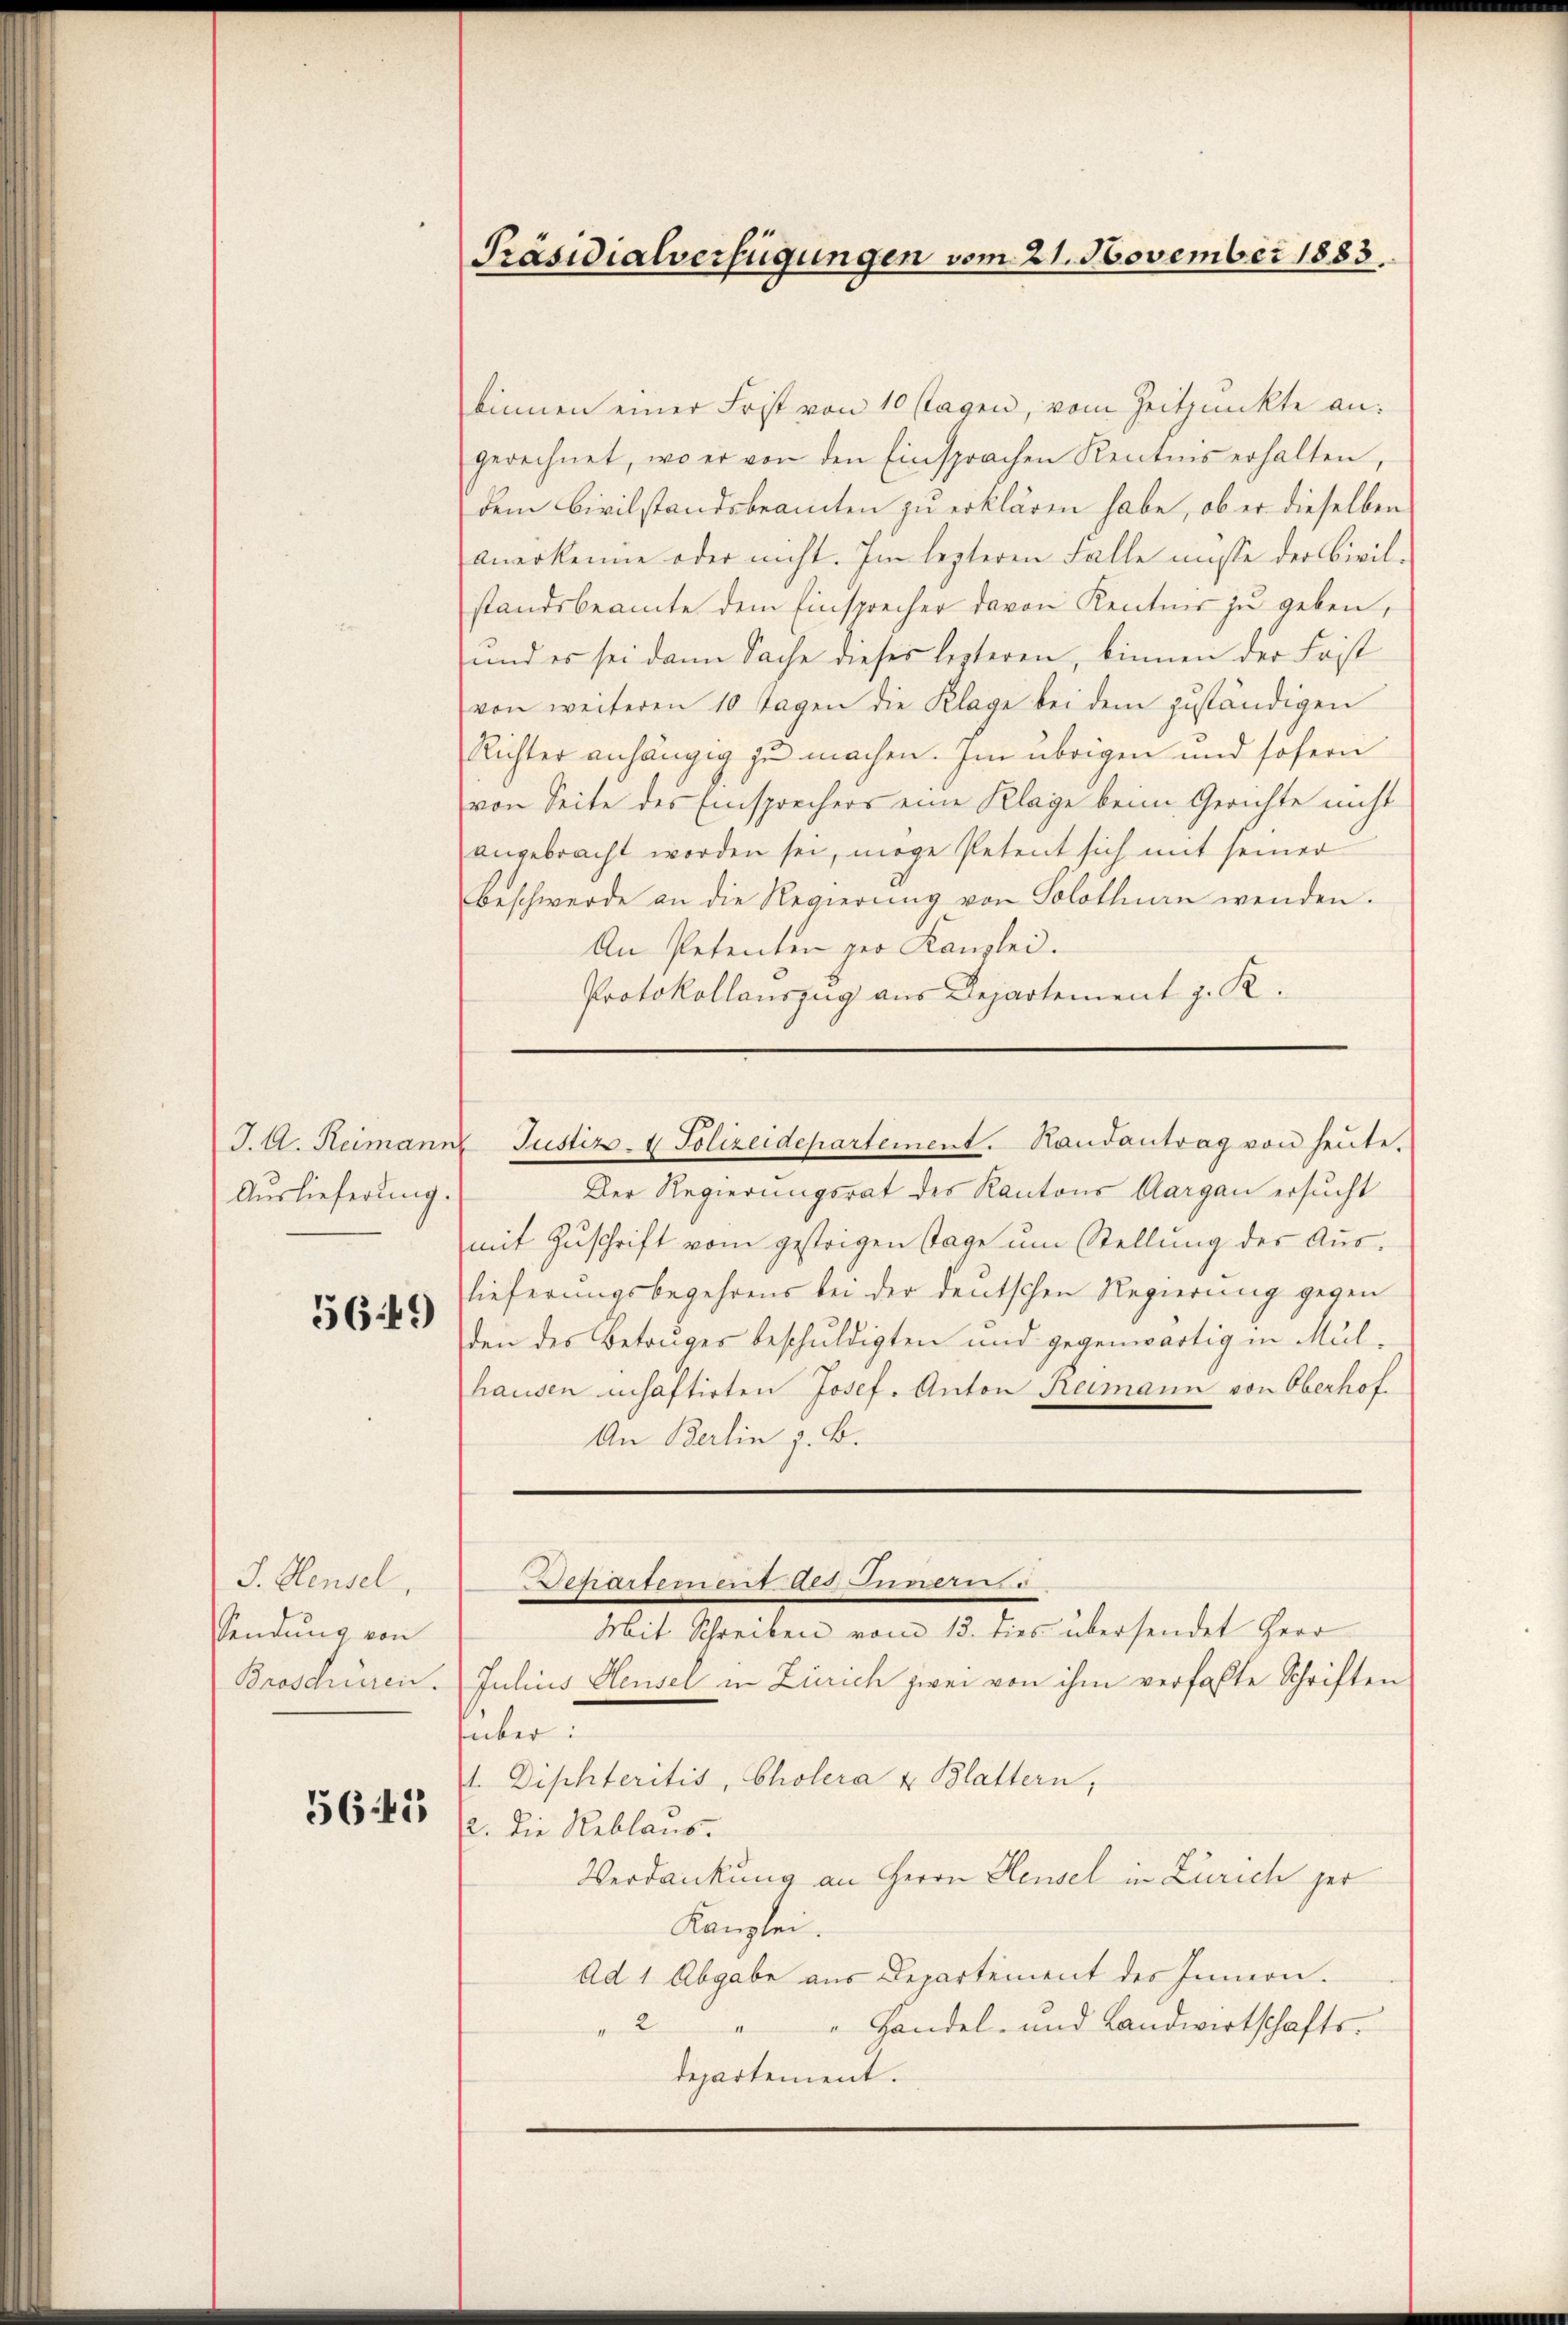
J. A. Reimann
Auslieferung.

56.49)

J. Hensel,
Sendung von
Broschüren.

565

Präsidialverfügungen vom 21. November 1883

Justiz- & Polizeidepartement. Haŭsantrag von heŭte.

binnen einer Frist von 10 slagen, vom Zeitpunkte an:
gerechnet, wo er von den Einsprachen Kentnis erhalten,
dem Civilstandsbeamten zu erklären habe, ob er dieselben
anerkenne oder nicht. Im lezteren Falle müsse der Civilstandsbeamte dem Einsprecher davon Kentnis zu geben,
und es sei dann Sache dieses lezteren, binnen der Frist
von weiteren 10 Tagen die Klage bei dem zuständigen
Richter anhängig zu machen. Im übrigen und sofern
von Seite des Einsprechers eine Klage beim Gerichte nicht
angebracht worden sei, möge Petent sich mit seiner
Beschwerde an die Regierŭng von Solothurn wenden.
An Petenten per Kanzlei.
Protokollauszug aus Departement z. R.
Der Regierungsrat des Kantons Aargau ersucht
mit Zuschrift vom gestrigen stage um Stellung des Auslieferungsbegehrens bei der deutschen Regierung gegen
den des Betruges beschuldigten und gegenwärtig in Mülhausen inhaftirten Josef. Anton Reimann von Oberhof
An Berlin z. B.
Departement des Innern
Mit Schreiben vom 13. dies übersendet Herr
Julius Aeusel in Zürich zwei von ihm verfaßte Schriften
über:
1. Diphteritis, Cholera u. Blattern,
2. Die Reblaus.
Verdankung an Herrn Heusel in Zürich her
Kanzlei.
Ad 1 Abgabe aus Departement des Innern.
2
" Handel- und Landwirtschaftsdepartement.